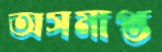
অসমাপ্ত